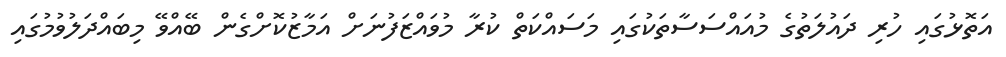
އަތޮޅުގައި ހުރި ދައުލަތުގެ މުއައްސަސާތަކުގައި މަސައްކަތް ކުރާ މުވައްޒަފުނަށް އަމާޒުކޮށްގެން ބޭއްވޭ މިބައްދަލުވުމުގައި